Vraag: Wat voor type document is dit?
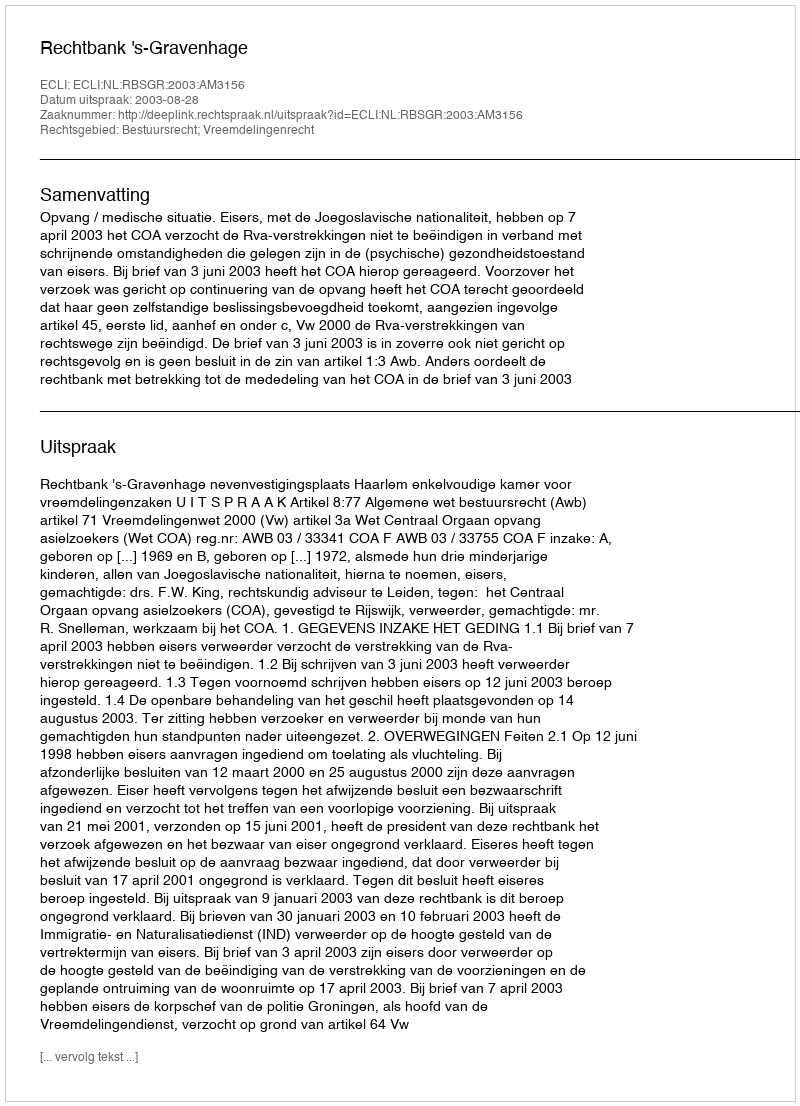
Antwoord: Uitspraak